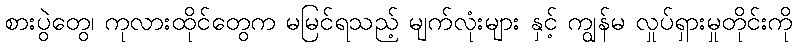
စားပွဲတွေ၊ ကုလားထိုင်တွေက မမြင်ရသည့် မျက်လုံးများ နှင့် ကျွန်မ လှုပ်ရှားမှုတိုင်းကို